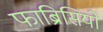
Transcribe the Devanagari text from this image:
फाब्रिसियो